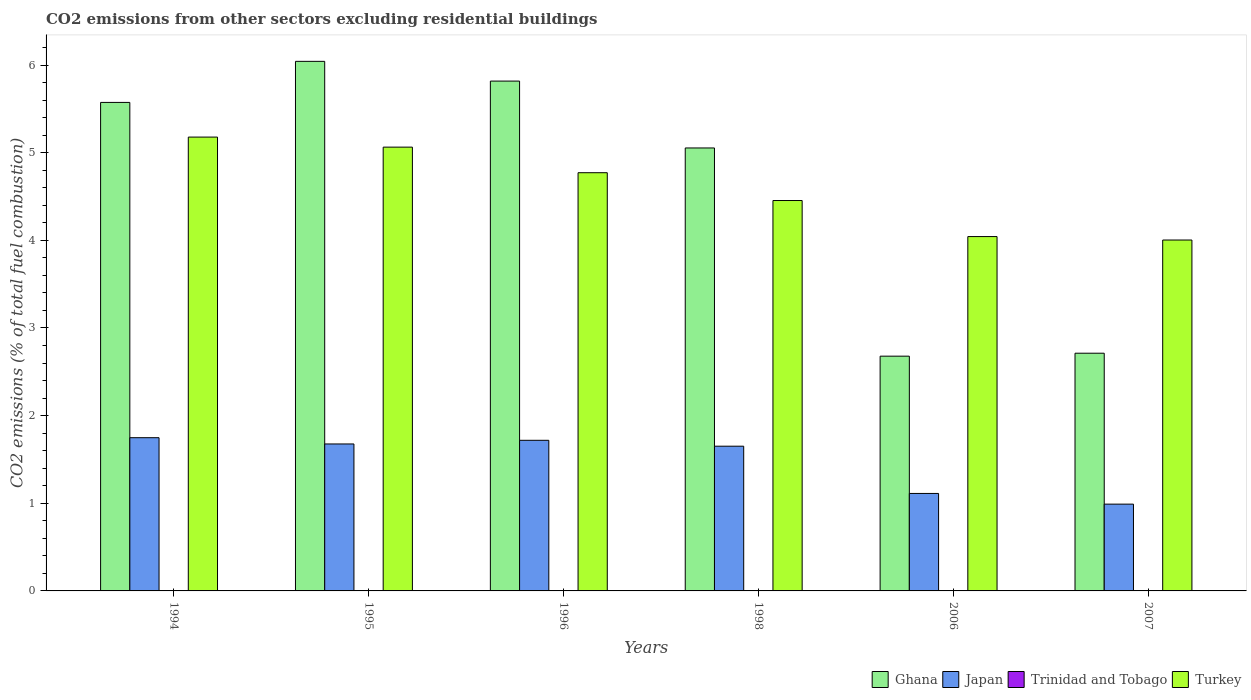
| Years | Ghana | Japan | Trinidad and Tobago | Turkey |
 | --- | --- | --- | --- | --- |
 | 1994 | 5.57 | 1.75 | -1.14e-16 | 5.18 |
 | 1995 | 6.04 | 1.68 | -1.13e-16 | 5.06 |
 | 1996 | 5.82 | 1.72 | -9.95e-17 | 4.77 |
 | 1998 | 5.05 | 1.65 | -8.4e-17 | 4.45 |
 | 2006 | 2.68 | 1.11 | 5.06e-17 | 4.04 |
 | 2007 | 2.71 | 0.99 | 4.75e-17 | 4 |